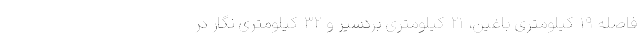
فاصله‌ ۱۹ کیلومتری باغین، ۲۱ کیلومتری بردسیر و ۳۲ کیلومتری نگار در